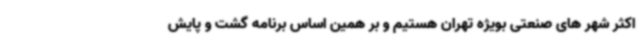
اکثر شهر های صنعتی بویژه تهران هستیم و بر همین اساس برنامه گشت و پایش